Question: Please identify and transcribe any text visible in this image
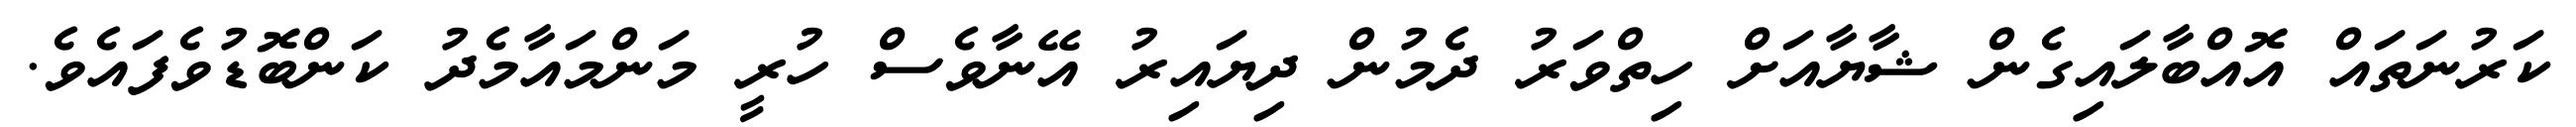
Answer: ކަރުނަތައް އޮއްބާލައިގެން ޝާޔާއަށް ހިތްވަރު ދެމުން ދިޔައިރު އޭނާވެސް ހުރީ މަންމައާމެދު ކަންބޮޑުވެފައެވެ.